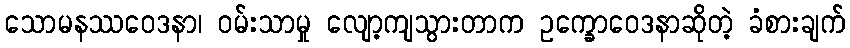
သောမနဿဝေဒနာ၊ ဝမ်းသာမှု လျော့ကျသွားတာက ဥက္ခောဝေဒနာဆိုတဲ့ ခံစားချက်